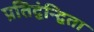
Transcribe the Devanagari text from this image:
प्रतिद्वंन्द्विता